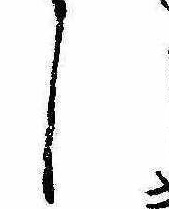
し